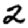
Digit: 2